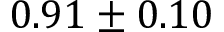
0 . 9 1 \pm 0 . 1 0